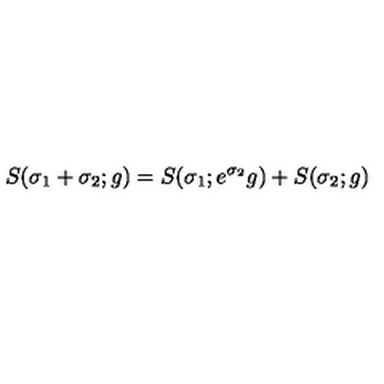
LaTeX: S ( \sigma _ { 1 } + \sigma _ { 2 } ; g ) = S ( \sigma _ { 1 } ; e ^ { \sigma _ { 2 } } g ) + S ( \sigma _ { 2 } ; g )